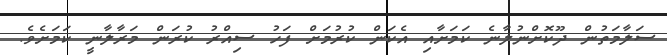
ސަލާމަތުން ދޫކޮށްނުލާނެ ކަމަށާއި އެކަން ކުރުމަށް ފަހު ސިއްރު ކުރަން މަރާލާނީ ކަމަށެވެ.